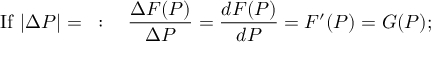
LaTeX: { \mathrm { I f ~ } } | \Delta P | = { \mathit { \iota } } : \quad { \frac { \Delta F ( P ) } { \Delta P } } = { \frac { d F ( P ) } { d P } } = F ^ { \prime } ( P ) = G ( P ) ; \,